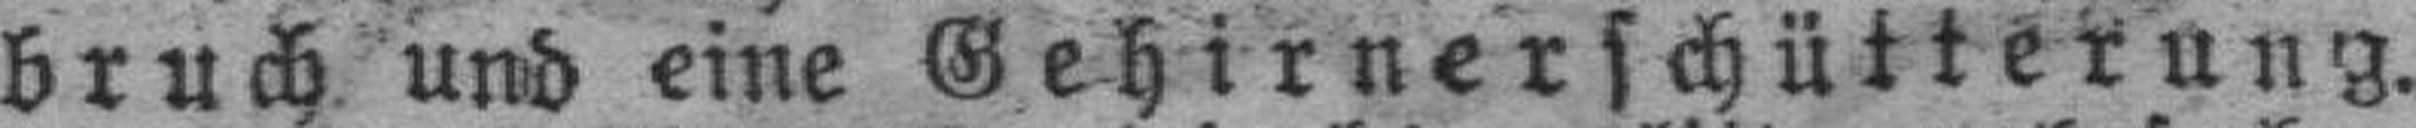
bruch und eine Gehirnerschütterung.